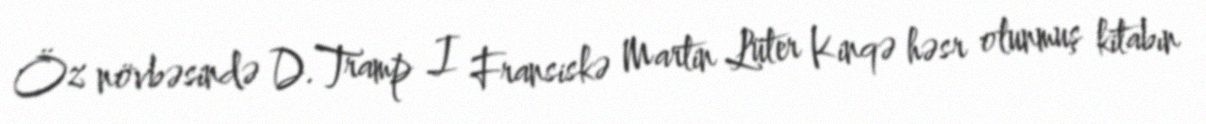
Öz növbəsində D.Tramp I Fransiskə Martin Lüter Kinqə həsr olunmuş kitabın